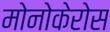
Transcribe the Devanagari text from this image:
मोनोकेरोस